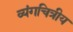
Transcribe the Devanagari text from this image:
व्यंगचित्रीय